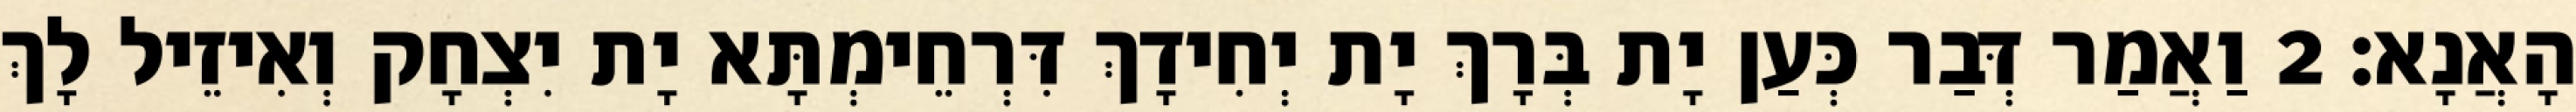
הָאֲנָא׃ 2 וַאֲמַר דְּבַר כְּעַן יָת בְּרָךְ יָת יְחִידָךְ דִּרְחֵימְתָּא יָת יִצְחָק וְאִיזֵיל לָךְ